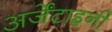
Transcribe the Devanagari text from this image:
अर्जेंटाइनी